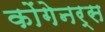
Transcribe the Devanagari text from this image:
कोंगेनर्स